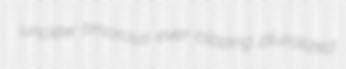
unclew timorous ever-blazing pluralized